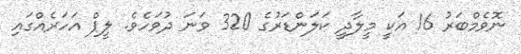
ނޮވެމްބަރު 16 އަކީ މީލާދީ ކަލަންޑަރުގެ 320 ވަނަ ދުވަހެވެ. ލީޕް އަހަރެއްގައި